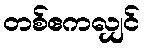
တစ်ဧကလျှင်